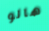
هالو